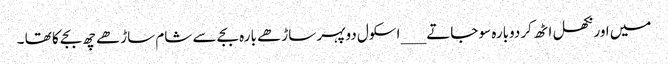
میں اور نکھل اٹھ کردوبارہ سو جاتے ___ اسکول دوپہر ساڑھے بارہ بجے سے شام ساڑھے چھ بجے کا تھا ۔